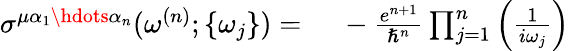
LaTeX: \begin{array}{rl}{\sigma^{\mu\alpha_{1}\hdots\alpha_{n}}(\omega^{(n)};\{ \omega_{j}\} )=\, \, }&{{}-\frac{e^{n+1}}{\hslash^{n}}\prod_{j=1}^{n}\left(\frac{1}{i\omega_{j}}\right)}\end{array}